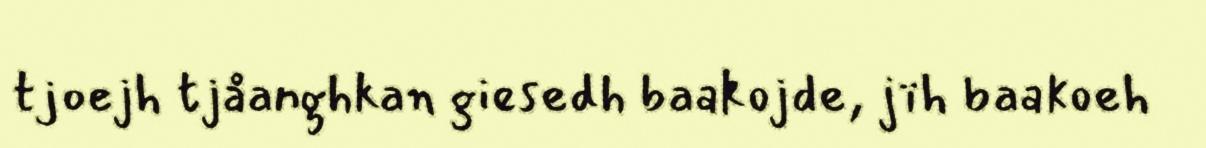
tjoejh tjåanghkan giesedh baakojde, jïh baakoeh